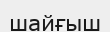
шайғыш